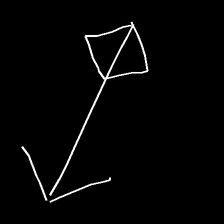
Glyph: focus